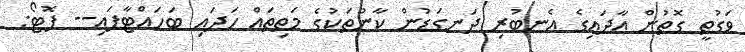
ވަގުތީ ގޮތުން އާދައިގެ އެނބުރި ދަނގަޑުން ކާނުތަކުގެ މަތިތައް ހަދައި ބަހައްޓާފައި-- ފޮޓޯ: